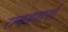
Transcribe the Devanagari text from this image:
राबवणार्या